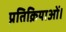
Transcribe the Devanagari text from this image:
प्रतिक्रियाओं।